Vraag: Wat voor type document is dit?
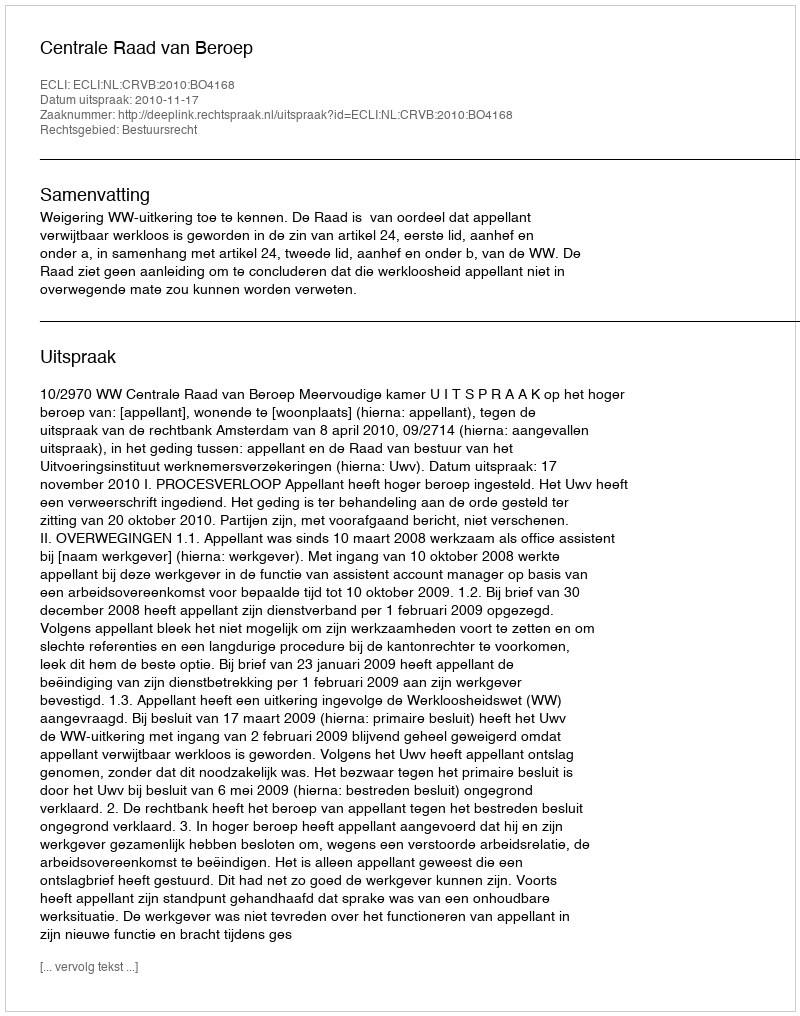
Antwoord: Uitspraak